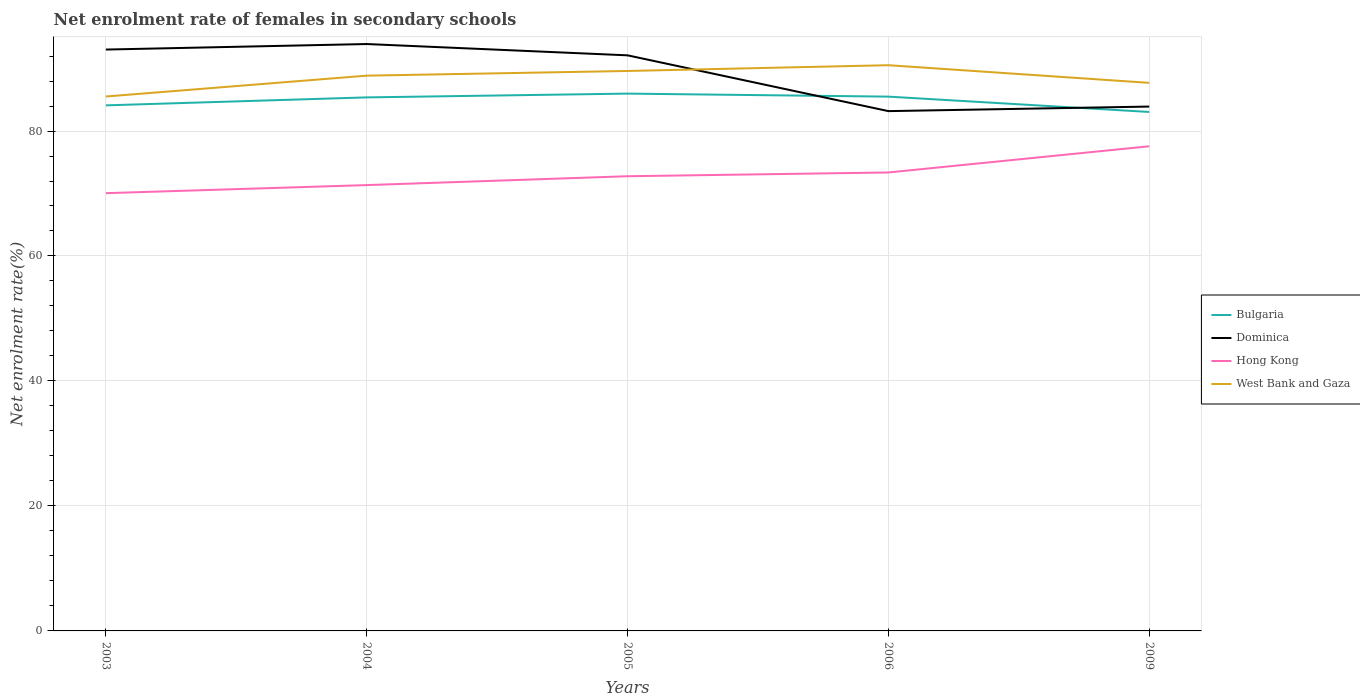
| Years | Bulgaria | Dominica | Hong Kong | West Bank and Gaza |
 | --- | --- | --- | --- | --- |
 | 2003 | 84.1 | 93 | 70.1 | 85.5 |
 | 2004 | 85.4 | 93.9 | 71.3 | 88.9 |
 | 2005 | 86 | 92.1 | 72.8 | 89.6 |
 | 2006 | 85.5 | 83.2 | 73.4 | 90.5 |
 | 2009 | 83 | 83.9 | 77.6 | 87.7 |